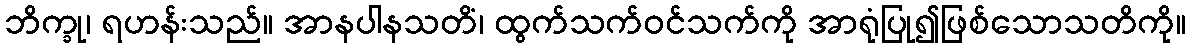
ဘိက္ခု၊ ရဟန်းသည်။ အာနပါနသတိံ၊ ထွက်သက်ဝင်သက်ကို အာရုံပြု၍ဖြစ်သောသတိကို။